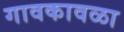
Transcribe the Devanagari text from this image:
गावकावळा